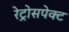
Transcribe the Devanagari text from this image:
रेट्रोसपेक्ट